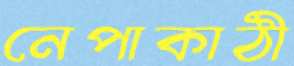
নেপাকাঠী